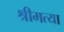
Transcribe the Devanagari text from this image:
श्रीमत्या